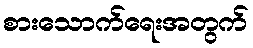
စားသောက်ရေးအတွက်